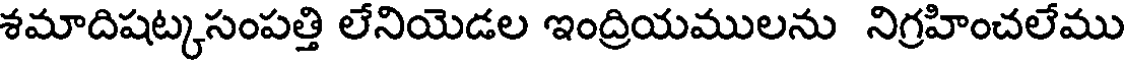
శమాదిషట్కసంపత్తి లేనియెడల ఇంద్రియములను నిగ్రహించలేము